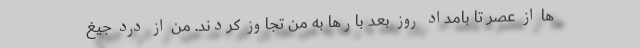
ها از عصر تا بامداد روز بعد بارها به من تجاوز کردند. من از درد جیغ